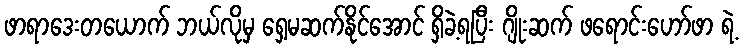
ဖာရာဒေးတယောက် ဘယ်လိုမှ ရှေ့မဆက်နိုင်အောင် ရှိခဲ့ရပြီး ဂျိုးဆက် ဖရောင်းဟော်ဖာ ရဲ့